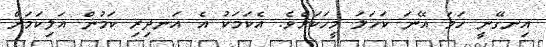
އިނގޭނީ ހަމަ އޭނަ ކަހަލަ މީހަކަށެވެ. އެކަމަކު އެ އަނދިރި ކަމުން އަލިކަމަށް